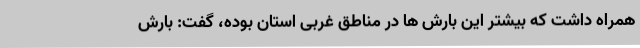
همراه داشت که بیشتر این بارش ها در مناطق غربی استان بوده، گفت: بارش